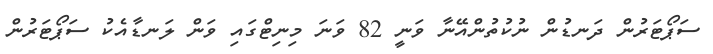
ސަޕޯޓަރުން ދަނޑުން ނުކުތުންއޭނާ ވަނީ 82 ވަނަ މިނިޓްގައި ވަން ލަނޑާއެކު ސަޕޯޓަރުން